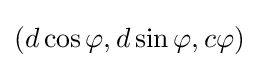
(d\cos \varphi ,d\sin \varphi ,c\varphi )